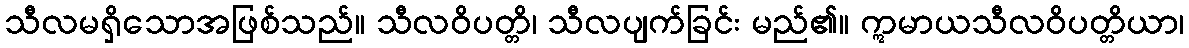
သီလမရှိသောအဖြစ်သည်။ သီလဝိပတ္တိ၊ သီလပျက်ခြင်း မည်၏။ ဣမာယသီလဝိပတ္တိယာ၊